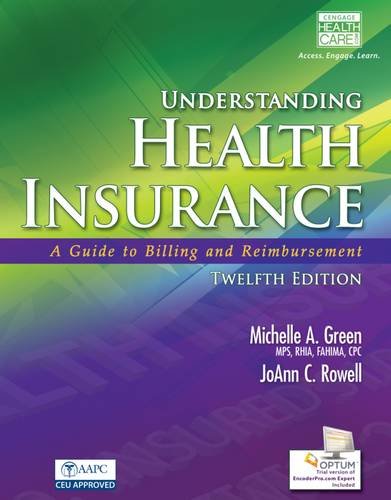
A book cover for Workbook for Understanding Health Insurance (Book Only); Michelle A. Green; Medical Books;